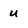
Character: u